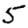
Digit: 5